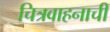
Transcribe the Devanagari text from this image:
चित्रवाहनाची